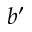
b ^ { \prime }